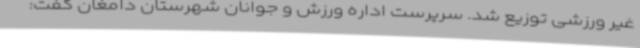
غیر ورزشی توزیع شد. سرپرست اداره ورزش و جوانان شهرستان دامغان گفت: